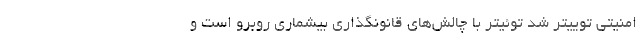
امنیتی توییتر شد توئیتر با چالش‌های قانونگذاری بیشماری روبرو است و